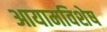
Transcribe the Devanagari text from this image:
आयामविशेष